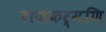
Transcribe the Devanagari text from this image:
राजकर्मणि